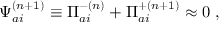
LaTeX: { \Psi } _ { a i } ^ { ( n + 1 ) } \equiv { \Pi } _ { a i } ^ { - ( n ) } + { \Pi } _ { a i } ^ { + ( n + 1 ) } \approx 0 \ ,